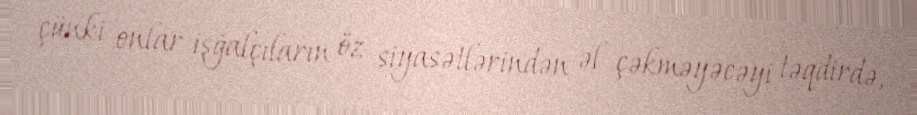
çünki onlar işğalçıların öz siyasətlərindən əl çəkməyəcəyi təqdirdə,